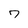
Character: 7